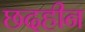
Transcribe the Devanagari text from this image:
छदहीन